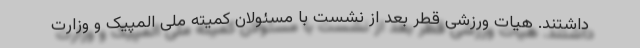
داشتند. هیات ورزشی قطر بعد از نشست با مسئولان کمیته ملی المپیک و وزارت